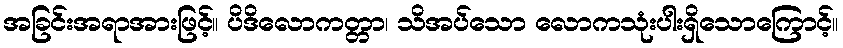
အခြင်းအရာအားဖြင့်။ ပိဒိလောကတ္တာ၊ သိအပ်သော လောကသုံးပါးရှိသောကြောင့်။